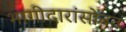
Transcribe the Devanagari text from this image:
भागीदारांसोबत